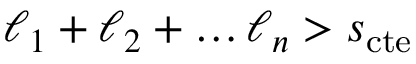
\ell _ { 1 } + \ell _ { 2 } + \dots \ell _ { n } > s _ { \mathrm { c t e } }